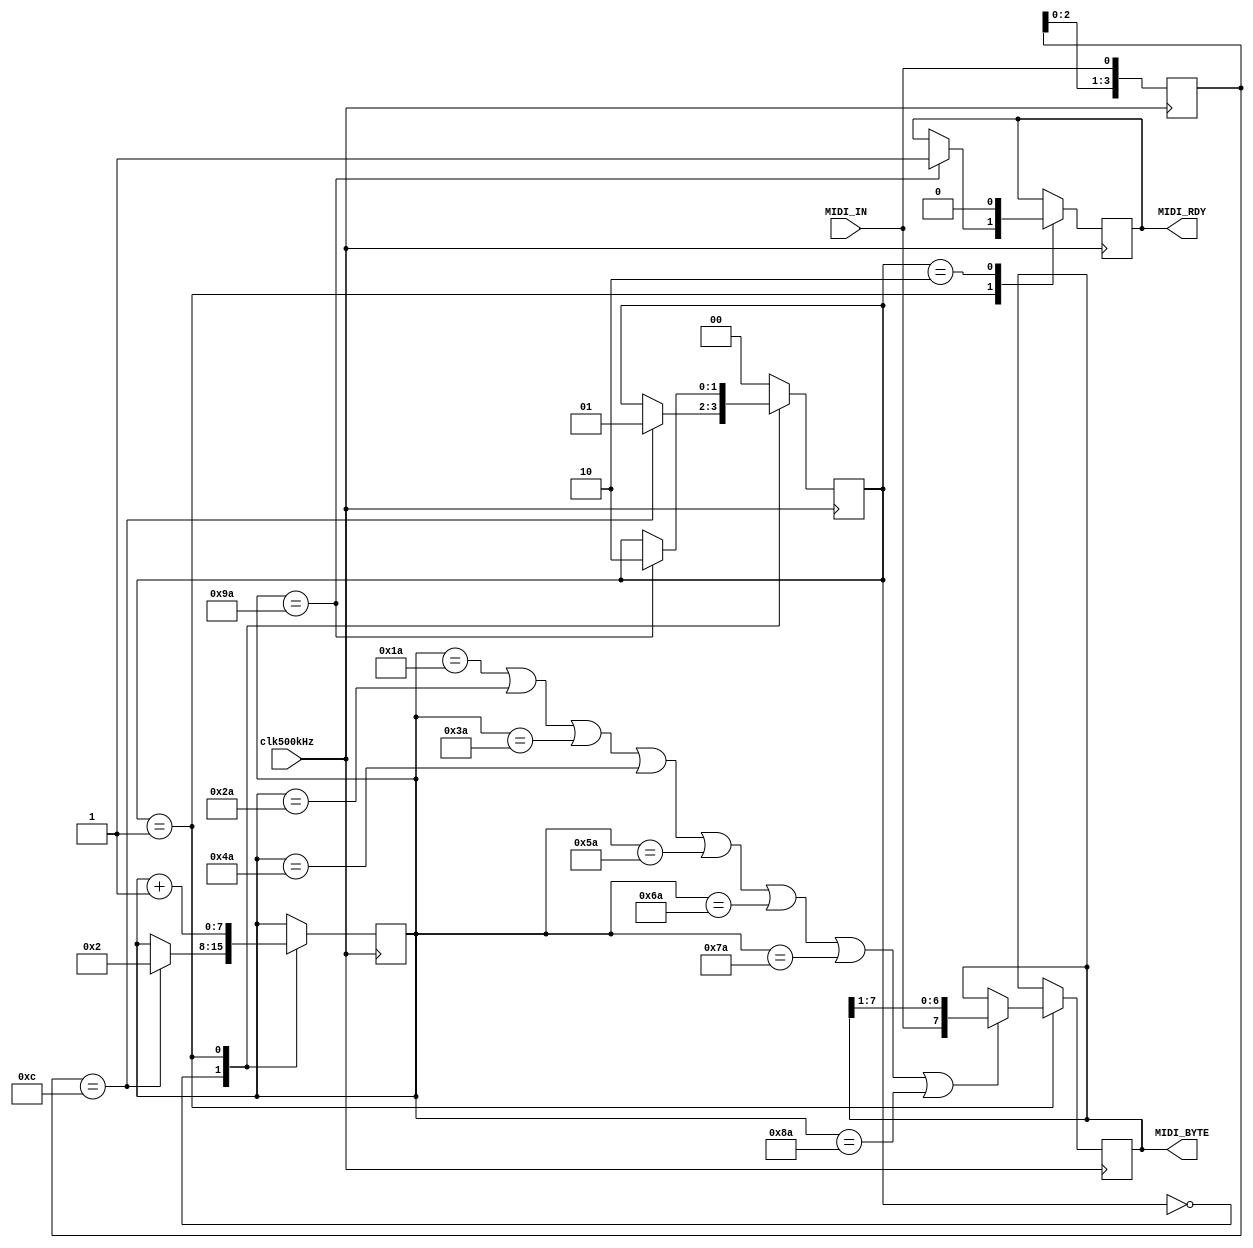
`timescale 1ns / 1ps


module Ser2Par(input clk500kHz, MIDI_IN,
               output reg MIDI_RDY, output reg[7:0] MIDI_BYTE);
               
       reg [1:0] Zustand = 0; //0: waiting, 1: sampling, 2: stopbit rdy
       reg [3:0] IN_BUF = 4'b1111; //idle = 1
      
       wire START = (IN_BUF == 4'b1100); // fallende Flanke -> Start
              
       reg [7:0] TIME; // in unitsof 2 s (z.B. 17 -> 34 s)
       
       always@(posedge clk500kHz)begin
       IN_BUF <= {IN_BUF[2:0],MIDI_IN};
        case(Zustand)
            2'd0:if(START)
            begin TIME <= 2; Zustand <= 1; end  
                    
                                                           
            2'd1: //bit sampling 26 + 16*n, n = 0-8
                begin
                    TIME <= TIME + 1;
                    if(TIME == 8'd26 || TIME == 8'd42 || TIME == 8'd58 || TIME == 8'd74 || TIME == 8'd90 || TIME == 8'd106 || TIME == 8'd122 || TIME == 8'd138)
                        MIDI_BYTE <= {MIDI_IN, MIDI_BYTE [7:1]};
                    if(TIME == 8'd154)begin
                        MIDI_RDY = 1'b1; Zustand <= 2'd2;
                        end
                end
            2'd2://Stop Bit
                begin
                    MIDI_RDY <= 0; Zustand <= 0;
                end
           default: Zustand <= 0; 
        endcase
    end
endmodule